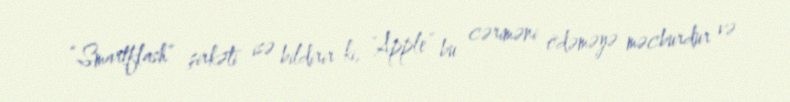
“Smartflash” şirkəti isə bildirir ki, “Apple” bu cəriməni ödəməyə məcburdur və